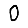
Digit: 0